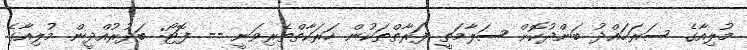
މުލިއާގެ ސަރަހައްދު ބަންދުކޮށް ސަލާމަތީ ފަރާތްތަކުން ހަރަކާތްތެރިވަނީ -- ފޮޓޯ: ބަދުރުއްދީން މުލިއާގެ